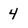
Character: 4